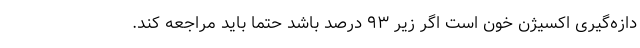
دازه‌گیری اکسیژن خون است اگر زیر ۹۳ درصد باشد حتماً باید مراجعه کند.